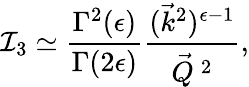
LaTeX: {\cal I}_{3}\simeq\frac{\Gamma^{2}(\epsilon)}{\Gamma(2\epsilon)}\frac{(\vec{k}^{2})^{\epsilon-1}}{\vec{Q}^{\: 2}},